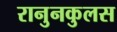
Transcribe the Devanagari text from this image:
रानुनकुलस